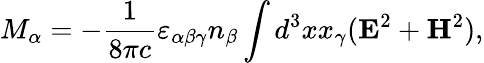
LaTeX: M_{\alpha}=-{\frac{1}{8\pi c}}\varepsilon_{\alpha\beta\gamma}n_{\beta}\int{d^{3}xx_{\gamma}({\mathbf E}^{2}+{\mathbf H}^{2})},